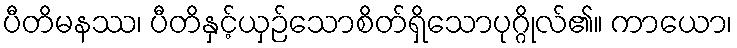
ပီတိမနဿ၊ ပီတိနှင့်ယှဉ်သောစိတ်ရှိသောပုဂ္ဂိုလ်၏။ ကာယော၊